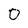
Character: 0